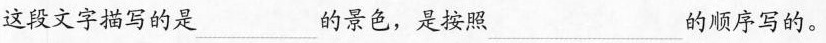
这段文字描写的是\underline的景色，是按照\underline的顺序写的。